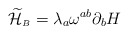
\begin{align*}{\widetilde{\cal H}}_{\scriptscriptstyle B}=\lambda_{a}\omega^{ab}\partial_{b}H\end{align*}